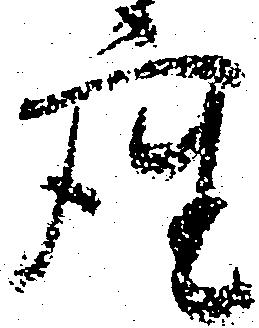
座